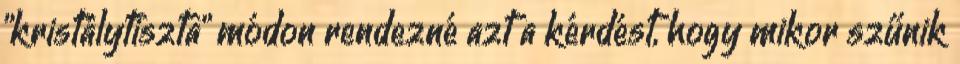
"kristálytiszta" módon rendezné azt a kérdést, hogy mikor szűnik